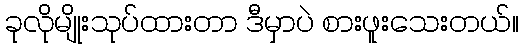
ခုလိုမျိုးသုပ်ထားတာ ဒီမှာပဲ စားဖူးသေးတယ်။